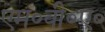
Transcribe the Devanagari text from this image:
एम०वी०ए०